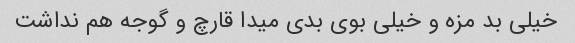
خیلی بد مزه و خیلی بوی بدی میدا قارچ و گوجه هم نداشت